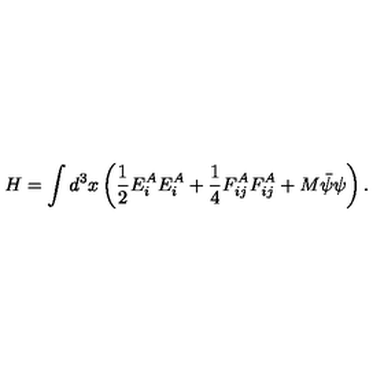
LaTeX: H = \int d ^ { 3 } x \left( \frac { 1 } { 2 } E _ { i } ^ { A } E _ { i } ^ { A } + \frac { 1 } { 4 } F _ { i j } ^ { A } F _ { i j } ^ { A } + M \bar { \psi } \psi \right) .